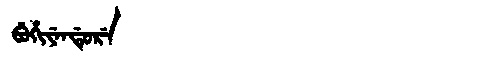
Manchu: ᠪᡠᡥᡳᠶᡝᠨᡩᡠᡵᡝ
Romanization: BUHIYENDURE